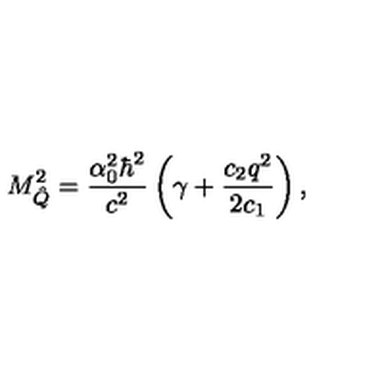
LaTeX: M _ { \hat { Q } } ^ { 2 } = \frac { \alpha _ { 0 } ^ { 2 } \hbar ^ { 2 } } { c ^ { 2 } } \left( \gamma + \frac { c _ { 2 } q ^ { 2 } } { 2 c _ { 1 } } \right) ,